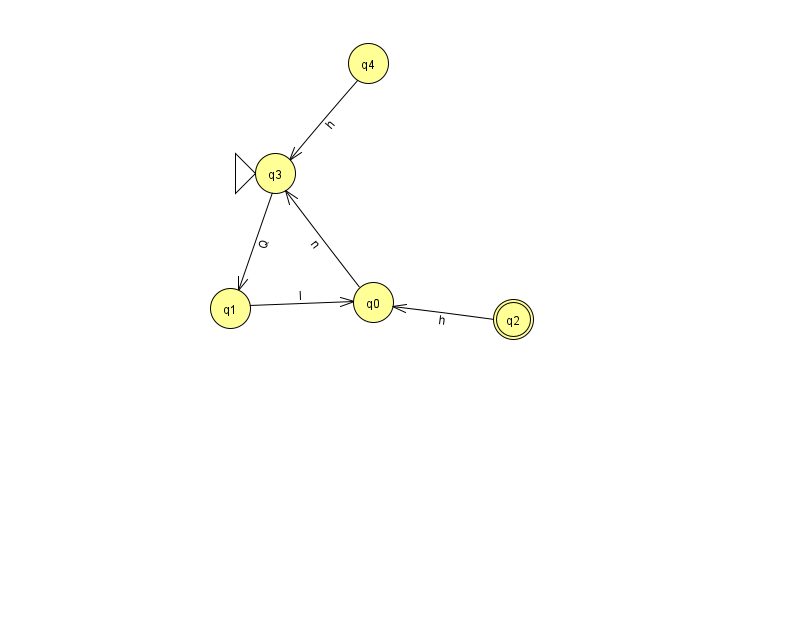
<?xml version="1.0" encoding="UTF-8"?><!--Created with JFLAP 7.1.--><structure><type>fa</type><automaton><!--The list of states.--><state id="0" name="q0"><x>373.0</x><y>289.0</y></state><state id="1" name="q1"><x>230.0</x><y>295.0</y></state><state id="2" name="q2"><x>513.0</x><y>306.0</y><final/></state><state id="3" name="q3"><x>275.0</x><y>160.0</y><initial/></state><state id="4" name="q4"><x>368.0</x><y>50.0</y></state><!--The list of transitions.--><transition><from>2</from><to>0</to><read>h</read></transition><transition><from>1</from><to>0</to><read>l</read></transition><transition><from>4</from><to>3</to><read>h</read></transition><transition><from>3</from><to>1</to><read>Q</read></transition><transition><from>0</from><to>3</to><read>n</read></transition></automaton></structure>